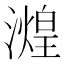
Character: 𬉒